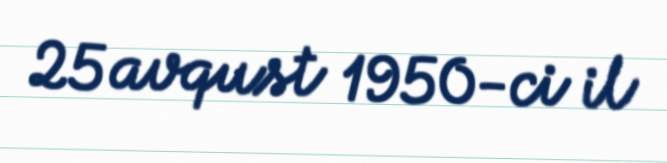
25 avqust 1950-ci il